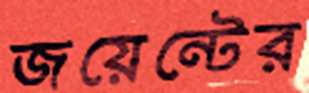
জয়েন্টের